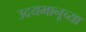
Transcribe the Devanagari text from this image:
उदयभानूच्या